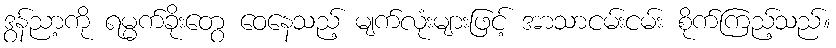
ဒွန်ညာ့ကို ရမ္မက်ခိုးတွေ ဝေနေသည့် မျက်လုံးများဖြင့် အာသာငမ်းငမ်း စိုက်ကြည့်သည်။